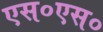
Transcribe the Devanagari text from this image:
एस०एस०